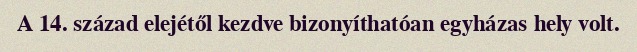
A 14. század elejétől kezdve bizonyíthatóan egyházas hely volt.